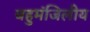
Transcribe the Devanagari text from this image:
बहुमंजिलीय